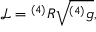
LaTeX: { \mathcal { L } } = { ^ { ( 4 ) } R } { \sqrt { ^ { ( 4 ) } g } } ,